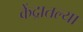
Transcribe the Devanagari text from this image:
केंद्रातल्या